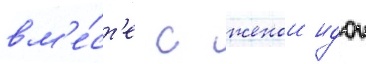
вм'е́ст'е с женои идои